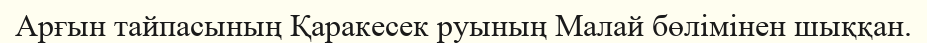
Арғын тайпасының Қаракесек руының Малай бөлімінен шыққан.